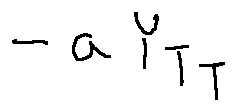
- a Y _ { T _ { T } }